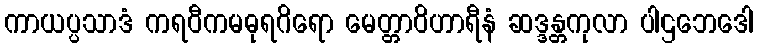
ကာယပ္ပသာဒံ ကရဝီကမဓုရဂိရော မေတ္တာဝိဟာရီနံ ဆဒ္ဒန္တကုလာ ပါဌဘေဒေါ